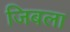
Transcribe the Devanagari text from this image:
जिबला